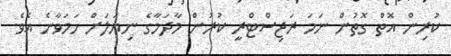
ކުރިން އޮތް ގޮތުން ނަމަ ރަޖިސްޓްރީ ކުރުން މާދަމާގެ ނިޔަލަށް ހަމަވާނެ އެވެ.